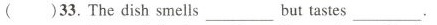
() 33. The dish smells ___ but tastes ___ .